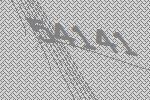
54141